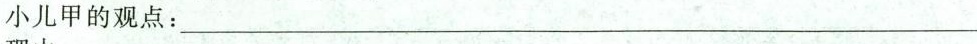
小儿甲的观点：___